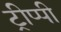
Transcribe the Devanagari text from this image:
ट्रीप्पी